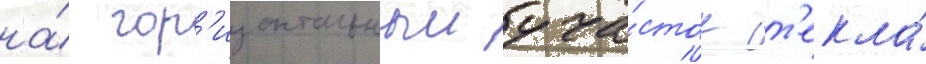
на́ гор'изонтальныи уча́сток ст'екла́